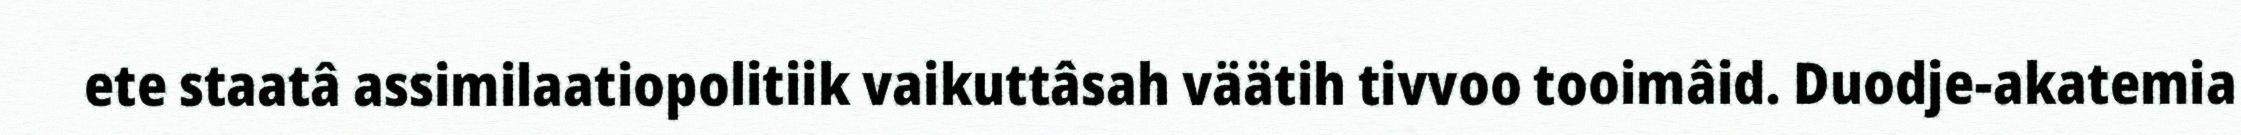
ete staatâ assimilaatiopolitiik vaikuttâsah väätih tivvoo tooimâid. Duodje-akatemia